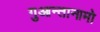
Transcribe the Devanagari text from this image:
गुआन्तानामो